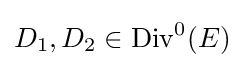
D_{1},D_{2}\in \mathrm {Div} ^{0}(E)